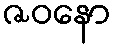
ဇဝနော